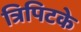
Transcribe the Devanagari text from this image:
त्रिपिटके